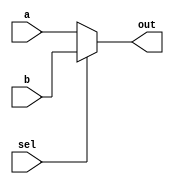
// 12-bit 2-to-1 MUX
module two2one_mux_12bit(a, b, sel, out);

    input [11:0] a, b;
    input sel;
    output [11:0] out;
    
    assign out = sel ? b : a;

endmodule